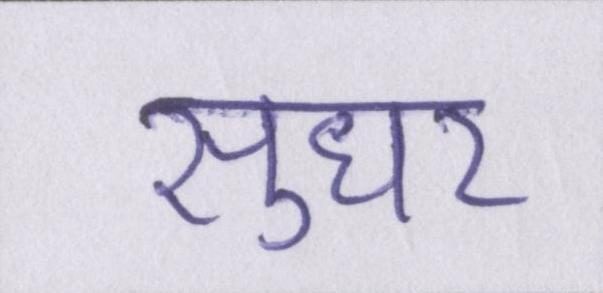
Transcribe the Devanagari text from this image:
सुधर